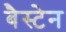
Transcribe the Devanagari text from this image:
बैस्टेन